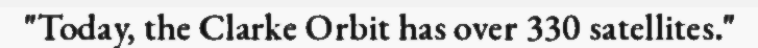
"Today, the Clarke Orbit has over 330 satellites."